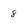
Character: 8